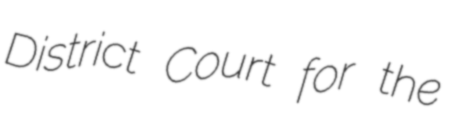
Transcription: District Court for the